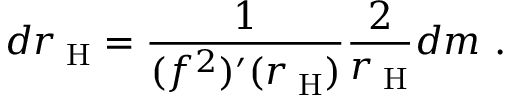
d r _ { \mathrm { \tiny ~ H } } = \frac { 1 } { ( f ^ { 2 } ) ^ { \prime } ( r _ { \mathrm { \tiny ~ H } } ) } \frac { 2 } { r _ { \mathrm { \tiny ~ H } } } d m \ .